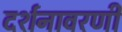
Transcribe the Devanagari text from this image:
दर्शनावरणी